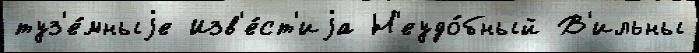
туз'е́мныjе Изв'е́ст'иjа Н'еудо́бный В'ильны